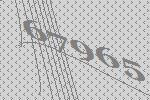
67965